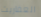
العفاريت